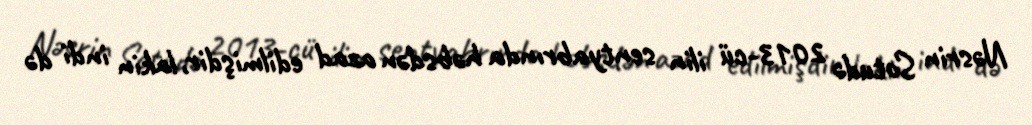
Nəsrin Sotudə 2013-cü ilin sentyabrında həbsdən azad edilmişdir, lakin indi də